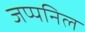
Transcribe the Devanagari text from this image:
जप्पनिल